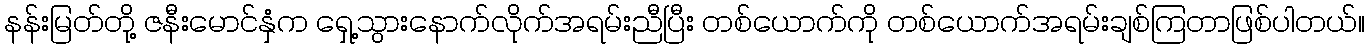
နန်းမြတ်တို့ ဇနီးမောင်နှံက ရှေ့သွားနောက်လိုက်အရမ်းညီပြီး တစ်ယောက်ကို တစ်ယောက်အရမ်းချစ်ကြတာဖြစ်ပါတယ်။